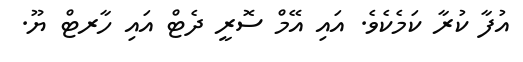
އުފާ ކުރާ ކަމެކެވެ. އައި އޭމް ސޮރީ ދެޓް އައި ހާރޓް ޔޫ.